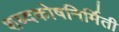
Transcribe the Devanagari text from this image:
शब्दकोषनिर्मिती